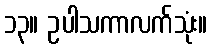
၁၃။ ဥပါသကာလက်သုံး။